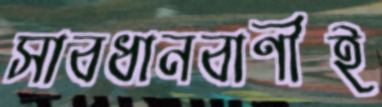
সাবধানবাণীই